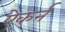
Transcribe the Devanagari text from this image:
ऐकर्न